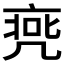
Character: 𠅭